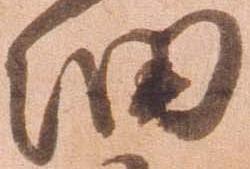
細